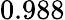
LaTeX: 0.988